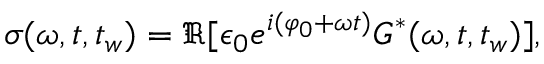
\begin{array} { r } { \sigma ( \omega , t , t _ { w } ) = \Re [ \epsilon _ { 0 } e ^ { i ( \varphi _ { 0 } + \omega t ) } { G } ^ { * } ( \omega , t , t _ { w } ) ] , } \end{array}